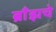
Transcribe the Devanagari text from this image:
ब्राँझचे